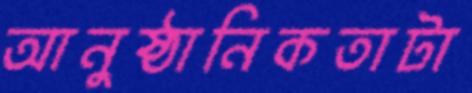
আনুষ্ঠানিকতাটা